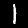
Digit: 1